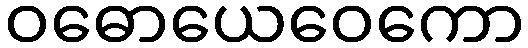
ဝဓောယေဝေကော